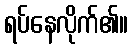
ရပ်နေလိုက်၏။